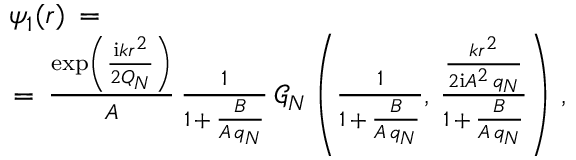
\begin{array} { l } { \displaystyle \psi _ { 1 } ( \boldsymbol { r } ) \, = \, } \\ { \, = \, \frac { \exp \left( \frac { \mathrm { i } k r ^ { 2 } } { 2 Q _ { N } } \right) } A \, \frac { 1 } { 1 \, + \, \frac { B } { A \, q _ { N } } } \, \mathcal { G } _ { N } \left( \frac { 1 } { 1 \, + \, \frac { B } { A \, q _ { N } } } , \, \frac { \frac { k r ^ { 2 } } { 2 \mathrm { i } A ^ { 2 } \, q _ { N } } } { 1 \, + \, \frac { B } { A \, q _ { N } } } \right) \, , } \end{array}